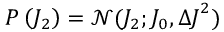
P \left( { { J } _ { 2 } } \right) = \mathcal { N } ( { { J } _ { 2 } } ; { { J } _ { 0 } } , { \Delta J } ^ { 2 } )